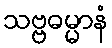
သဗ္ဗဓမ္မာနံ